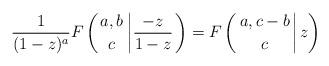
LaTeX: \begin{align*}\frac1{(1-z)^a}F\left( {{a,b} \above 0pt c} \left| {\frac{-z}{1-z}} \right. \right)=F\left(\left. {{a,c-b} \above 0pt c} \right| z \right)\end{align*}